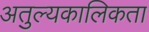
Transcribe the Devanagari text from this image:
अतुल्यकालिकता